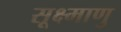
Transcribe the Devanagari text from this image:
सूक्ष्माणु